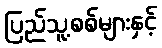
ပြည်သူ့စစ်များနှင့်